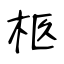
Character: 柩